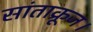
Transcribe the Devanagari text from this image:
सांताक्रूज।